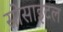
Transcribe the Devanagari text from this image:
सोसाइटल